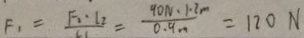
F _ { 1 } = \frac { F _ { 2 } \cdot l _ { 2 } } { l _ { 1 } } = \frac { 9 0 N \cdot 1 . 2 m } { 0 . 9 m } = 1 2 0 N